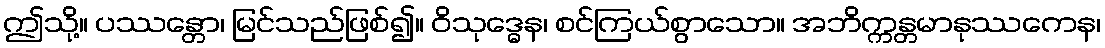
ဤသို့။ ပဿန္တော၊ မြင်သည်ဖြစ်၍။ ဝိသုဒ္ဓေန၊ စင်ကြယ်စွာသော။ အဘိက္ကန္တမာနုဿကေန၊